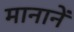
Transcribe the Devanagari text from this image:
मानानें